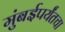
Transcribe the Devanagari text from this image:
मुंबईपर्यंतचा